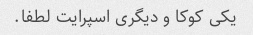
یکی کوکا و دیگری اسپرایت لطفا.